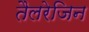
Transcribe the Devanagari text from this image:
तैलरेजिन